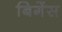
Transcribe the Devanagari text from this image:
बिगेंस